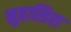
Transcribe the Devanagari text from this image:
मुहासिरा